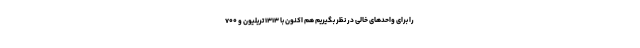
را برای واحدهای خالی در نظر بگیریم هم اکنون با ۱۳۱۳ تریلیون و ۷۰۰